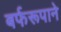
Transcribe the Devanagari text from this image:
बर्फरूपाने